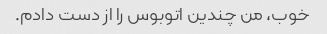
خوب، من چندین اتوبوس را از دست دادم.